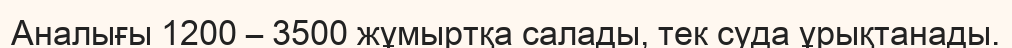
Аналығы 1200 – 3500 жұмыртқа салады, тек суда ұрықтанады.